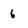
Character: 6